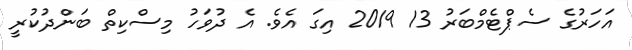
އަހަރުގެ ސެޕްޓެމްބަރު 13 2019 އިގަ އެވެ. އެ ދުވަހު މިސްކިތް ބަންދުކުރީ